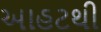
આહટથી